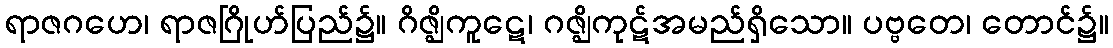
ရာဇဂဟေ၊ ရာဇဂြိုဟ်ပြည်၌။ ဂိဇ္ဈိကူဋေ၊ ဂဇ္ဈိကုဋ်အမည်ရှိသော။ ပဗ္ဗတေ၊ တောင်၌။